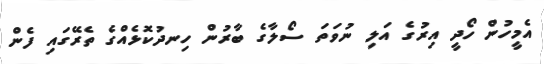
އެމީހުން ހޯދީ އިރުގެ އަލި ނުވަތަ ސޯލާގެ ބާރުން ހިނދުކޮޅެއްގެ ތެރޭގައި ފެން